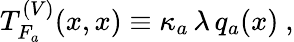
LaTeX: T_{F_{a}}^{(V)}(x,x)\equiv\kappa_{a}\, \lambda\, q_{a}(x)\ ,